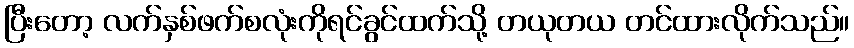
ပြီးတော့ လက်နှစ်ဖက်စလုံးကိုရင်ခွင်ထက်သို့ တယုတယ တင်ထားလိုက်သည်။